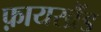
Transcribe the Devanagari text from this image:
फ़ायरब्रैंड